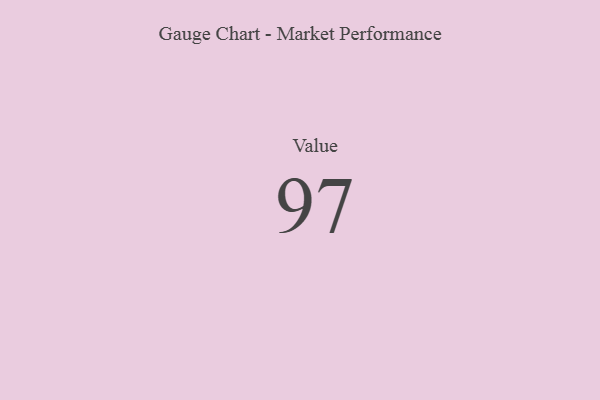
{"axis": {"x": "Metric", "y": "Value"}, "legend": [""], "data": [{"x": "Value", "y": 97, "type": ""}]}